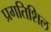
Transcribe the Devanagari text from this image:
प्रगतिशिल